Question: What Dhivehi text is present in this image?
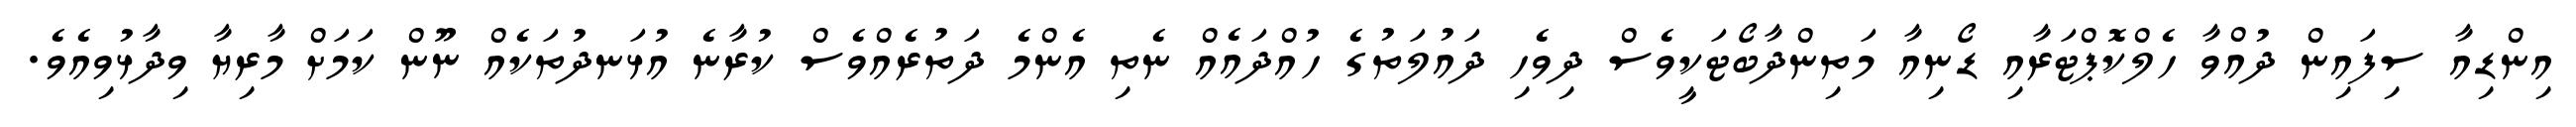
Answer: އިންޑިއާ ސިފައިން ދުއްވާ ހެލްކޮޕްޓަރާއި ޑޯނިއާ މަތިންދާބޯޓަކީވެސް ދިވެހި ދައުލަތުގެ ހުއްދައެއް ނެތި އެންމެ ދަތުރެއްވެސް ކުރާނެ އުޅަނދުތަކެއް ނޫން ކަމަށް މާރިޔާ ވިދާޅުވިއެވެ.